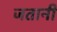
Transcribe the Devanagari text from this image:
जतानी